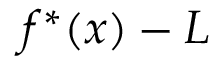
f ^ { * } ( x ) - L